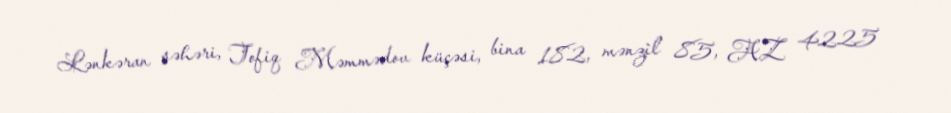
Lənkəran şəhəri, Tofiq Məmmədov küçəsi, bina 182, mənzil 85, AZ 4225